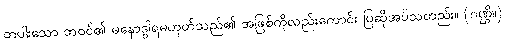
တပါးသော ဘဝင်၏ မနောဒွါရမဟုတ်သည်၏ အဖြစ်ကိုလည်းကောင်း ပြဆိုအပ်သတည်း။ (ဂဏ္ဌိ။)